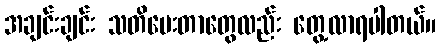
အချင်းချင်း သတိပေးတာတွေလည်း တွေ့လာရပါတယ်။